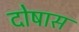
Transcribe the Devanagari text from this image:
दोषास